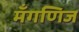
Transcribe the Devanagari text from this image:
मँगणिज